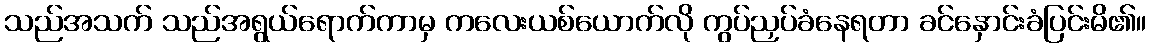
သည်အသက် သည်အရွယ်ရောက်ကာမှ ကလေးယစ်ယောက်လို ကွပ်ညှပ်ခံနေရတာ ခင်နှောင်းခံပြင်းမိ၏။